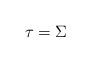
LaTeX: \begin{align*} \tau = \Sigma\end{align*}